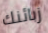
زبائنك